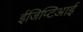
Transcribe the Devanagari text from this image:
ईजिप्टिआई